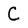
Character: C